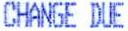
CHANGE DUE